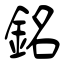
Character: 銘